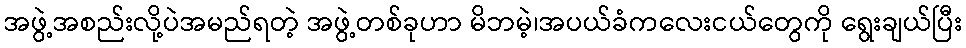
အဖွဲ့အစည်းလို့ပဲအမည်ရတဲ့ အဖွဲ့တစ်ခုဟာ မိဘမဲ့၊အပယ်ခံကလေးငယ်တွေကို ရွေးချယ်ပြီး